Lunatic asylums Madras 1877-1891 - 1877-1891
Year: 1877
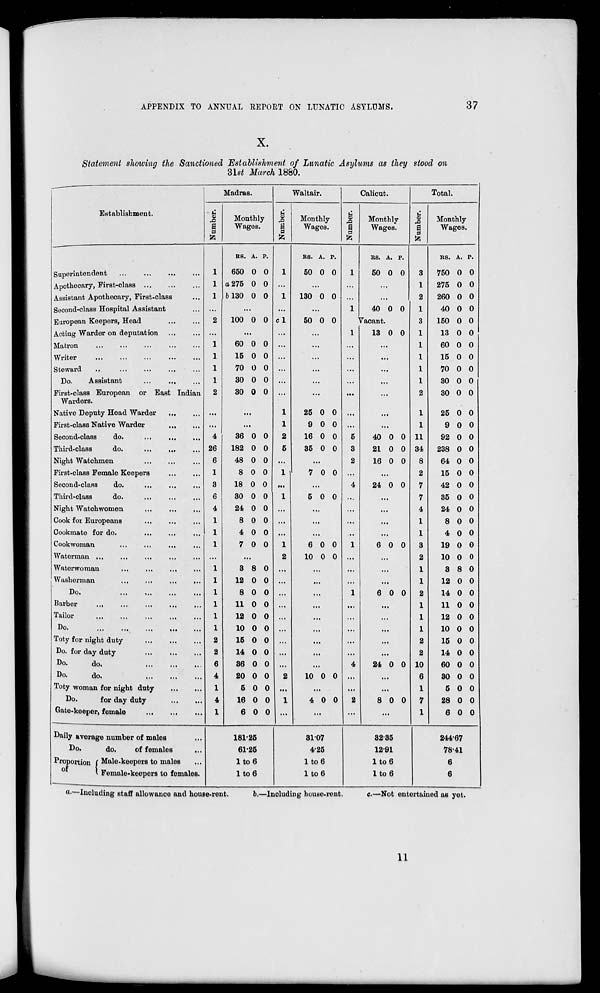
APPENDIX TO ANNUAL REPORT ON LUNATIC ASYLUMS.
37
X.
Statement showing the Sanctioned Establishment
of Lunatic Asylums as they stood on
31st March 1880.
Establishment.
Superintendent ... ... ... ...
Apothecary, First-class
...
...
...
Assistant Apothecary, First-class ...
Second-class Hospital Assistant ...
European Keepers, Head ... ...
Acting Warder on deputation
...
...
Matron
...
...
...
...
...
Writer
...
...
...
...
...
Steward
...
... ... ...
...
Do.
Assistant
...
...
...
First-class European or East Indian
Warders.
Native Deputy Head Warder
...
...
First-class Native Warder ... ...
Second-class
do.
...
...
...
Third-class
do.
...
...
...
Night Watchmen
...
...
...
First-class Female Keepers
...
...
Second-class
do. ... ... ...
Third-class
do.
...
...
...
Night Watchwomen
...
...
...
Cook for Europeans
...
...
...
Cookmate for do. ... ... ...
Cookwoman ... ... ... ...
Waterman ... ... ... ... ...
Waterwoman
...
...
...
...
Washerman
...
...
...
...
Do.
...
...
...
...
Barber
...
...
...
...
...
Tailor
...
...
...
...
...
Do.
...
...
...
...
...
Toty for night duty ... ... ...
Do. for day duty
...
...
...
Do.
do.
...
...
...
Do.
do.
...
...
...
Toty woman for night duty ... ...
Do.
for day duty ... ...
Gate-keeper, female
...
...
...
Daily average number of males ...
Do.
do.
of females ...
Proportion
of
Male-keepers to males ...
Female-keepers to females.
Madras.
Number.
1
1
1
...
2
...
1
1
1
1
2
...
...
4
26
6
1
3
6
4
1
1
1
...
1
1
1
1
1
1
2
2
6
4
1
4
1
Monthly
Wages.
RS.
650
a 275
b 130
A.
0
0
0
P.
0
0
0
...
100 0 0
...
60
15
70
30
30
0
0
0
0
0
0
0
0
0
0
...
...
36
182
48
8
18
30
24
8
4
7
0
0
0
0
0
0
0
0
0
0
0
0
0
0
0
0
0
0
0
0
...
3
12
8
11
12
10
15
14
36
20
5
16
6
8
0
0
0
0
0
0
0
0
0
0
0
0
0
0
0
0
0
0
0
0
0
0
0
0
0
181.25
61.25
1 to 6
1 to 6
Waltair.
Number.
1
...
1
...
c 1
...
...
...
...
...
...
1
1
2
5
...
1
...
1
...
...
...
1
2
...
...
...
...
...
...
...
...
...
2
...
1
...
Monthly
Wages.
RS.
50
A.
0
P.
0
...
130 0 0
...
50 0 0
...
...
...
...
...
...
25
9
16
35
0
0
0
0
0
0
0
0
...
7 0 0
...
5 0 0
...
...
...
6
10
0
0
0
0
...
...
...
...
...
...
...
...
...
10 0 0
...
4 0 0
...
31.07
4.25
1 to 6
1 to 6
Calicut.
Number.
1
...
...
1
Monthly
Wages.
RS.
50
A.
0
P.
0
...
...
40 0 0
Vacant.
1
...
...
...
...
...
...
...
5
3
2
...
4
...
...
...
...
1
...
...
...
1
...
...
...
...
...
4
...
...
2
...
13 0 0
...
...
...
...
...
...
...
40
21
16
0
0
0
0
0
0
...
24 0 0
...
...
...
...
6 0 0
...
...
...
6 0 0
...
...
...
...
...
24 0 0
...
...
8 0 0
...
32.35
12.91
1 to 6
1 to 6
Total.
Number.
3
1
2
1
3
1
1
1
1
1
2
1
1
11
34
8
2
7
7
4
1
1
3
2
1
1
2
1
1
1
2
2
10
6
1
7
1
Monthly
Wages.
RS.
750
275
260
40
150
13
60
15
70
30
30
25
9
92
238
64
15
42
35
24
8
4
19
10
3
12
14
11
12
10
15
14
60
30
5
28
6
A.
0
0
0
0
0
0
0
0
0
0
0
0
0
0
0
0
0
0
0
0
0
0
0
0
8
0
0
0
0
0
0
0
0
0
0
0
0
P.
0
0
0
0
0
0
0
0
0
0
0
0
0
0
0
0
0
0
0
0
0
0
0
0
0
0
0
0
0
0
0
0
0
0
0
0
0
244.67
78.41
6
6
a. —Including staff allowance and house-rent.
b.—Including house-rent.
c.—Not entertained as yet.
11